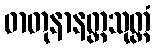
ဓာတုနာနတ္တသုတ္တံ